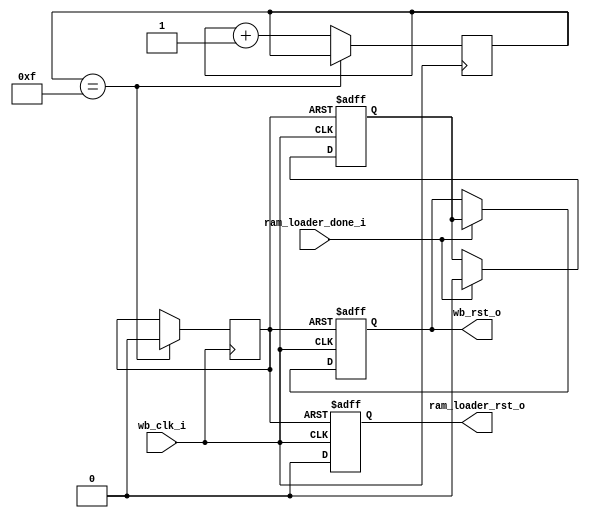
module system_control 
  (input wb_clk_i,
   output reg ram_loader_rst_o,
   output reg wb_rst_o,
   input ram_loader_done_i
   );
   reg 		POR = 1'b1;
   reg [3:0] 	POR_ctr;
   initial POR_ctr = 4'd0;
   always @(posedge wb_clk_i)
     if(POR_ctr == 4'd15)
       POR <= 1'b0;
     else
       POR_ctr <= POR_ctr + 4'd1;
   always @(posedge POR or posedge wb_clk_i)
     if(POR)
       ram_loader_rst_o <= 1'b1;
     else
       ram_loader_rst_o <= #1 1'b0;
   reg 		delayed_rst;
   always @(posedge POR or posedge wb_clk_i)
     if(POR)
       begin
	  wb_rst_o <= 1'b1;
	  delayed_rst <= 1'b1;
       end
     else if(ram_loader_done_i)
       begin
	  delayed_rst <= 1'b0;
	  wb_rst_o <= delayed_rst;
       end
endmodule